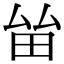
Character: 𤱊